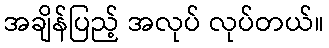
အချိန်ပြည့် အလုပ် လုပ်တယ်။